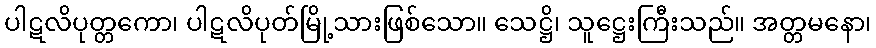
ပါဋလိပုတ္တကော၊ ပါဋလိပုတ်မြို့သားဖြစ်သော။ သေဋ္ဌိ၊ သူဋ္ဌေးကြီးသည်။ အတ္တမနော၊